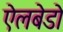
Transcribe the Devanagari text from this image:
ऐलबेडो